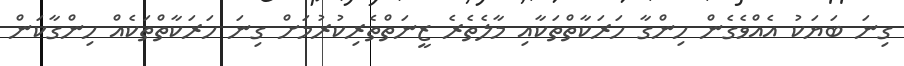
ގިނަ ބަޔަކު އެއްވެގެން ހިންގާ ހަރަކާތްތަކާއި މާލެތެރެ ޒީނަތްްތެރިކުރުމަށް ގިނަ ހަރަކާތްތަކެއް ހިންގާކަން